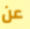
عن